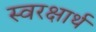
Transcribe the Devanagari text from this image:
स्वरक्षार्थ